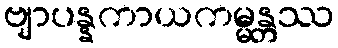
ဗျာပန္နကာယကမ္မန္တဿ